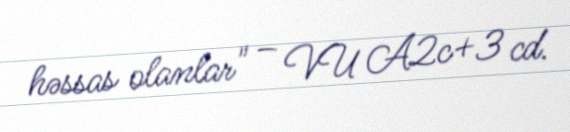
həssas olanlar" – VU A2c+3 cd.